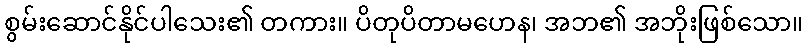
စွမ်းဆောင်နိုင်ပါသေး၏ တကား။ ပိတုပိတာမဟေန၊ အဘ၏ အဘိုးဖြစ်သော။